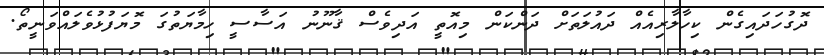
ދޮގުހަދައިގެން ކިހާލާރިއެއް ދައުލަތަށް ދަންކަން މިއޮތީ އަދިވެސް ޤާނޫނު އަސާސީ ހިމާޔަތުގަ މޮޔަފުޅުވެލައްވަނީތޯ.